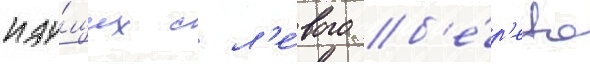
иду́щих с л'е́вого б'е́р'ега